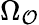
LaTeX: \Omega_{\mathcal{O}}